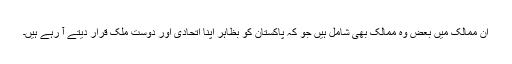
ان ممالک میں بعض وہ ممالک بھی شامل ہیں جو کہ پاکستان کو بظاہر اپنا اتحادی اور دوست ملک قرار دیتے آ رہے ہیں۔